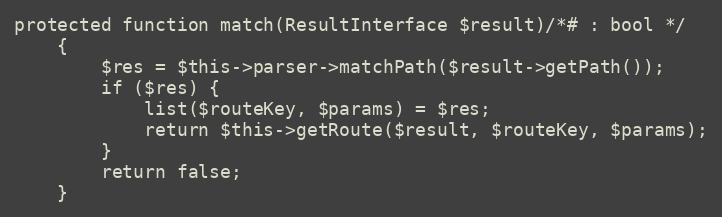
Language: PHP
protected function match(ResultInterface $result)/*# : bool */
    {
        $res = $this->parser->matchPath($result->getPath());
        if ($res) {
            list($routeKey, $params) = $res;
            return $this->getRoute($result, $routeKey, $params);
        }
        return false;
    }